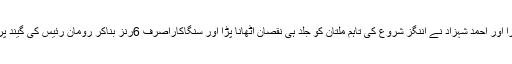
ملتان سلطانز کی طرف سے کمارسنگاکارا اور احمد شہزاد نے اننگز شروع کی تاہم ملتان کو جلد ہی نقصان اٹھانا پڑا اور سنگاکاراصرف 6رنز بناکر رومان رئیس کی گیند پر آصف علی کے ہاتھوں کیچ آؤٹ ہوگئے۔